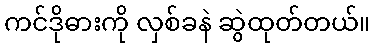
ကင်ဒိုဓားကို လှစ်ခနဲ ဆွဲထုတ်တယ်။